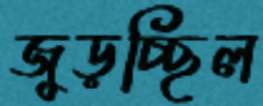
জুড়চ্ছিল